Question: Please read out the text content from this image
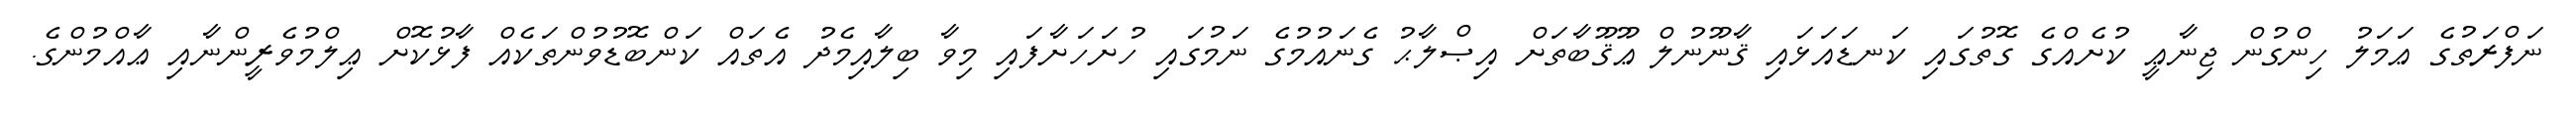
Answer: ނަފްރަތުގެ ޢަމަލު ހިންގުން ޖިނާޢީ ކުށެއްގެ ގޮތުގައި ކަނޑައަޅައި ޤާނޫނުލް ޢޫޤޫބާތަށް އިޞްލާޙު ގެނައުމުގެ ނަމުގައި ހުށަހަށާފައި މިވާ ބިލާއިމެދު އެތައް ކަންބޮޑުވުންތަކެއް ފާޅުކޮށް ޢިލްމުވެރީންނާއި ޢާއްމުންގެ.